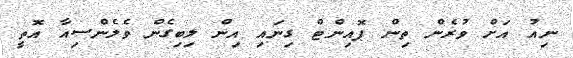
ނިއު އަށް ވުރެން ތިން ޕޮއިންޓް ގިނައި އިން ލިބިގެން ވެލެންސިއާ އޮތީ